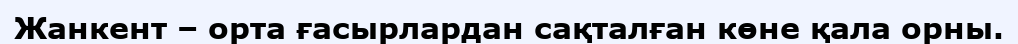
Жанкент – орта ғасырлардан сақталған көне қала орны.